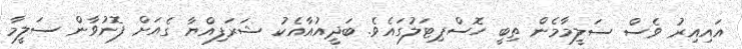
އައިއިރު ވެސް ސަލީމާމެން ތިބީ ހޮސްޕިޓަލުގައެވެ. ބަދީއުއާއެކު ޝަރަފިއްޔާ ގެއަށް ފޮނުވާން ސަލީމާ